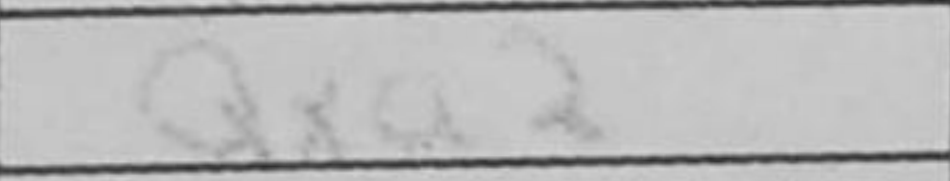
Transcription: Qxa2